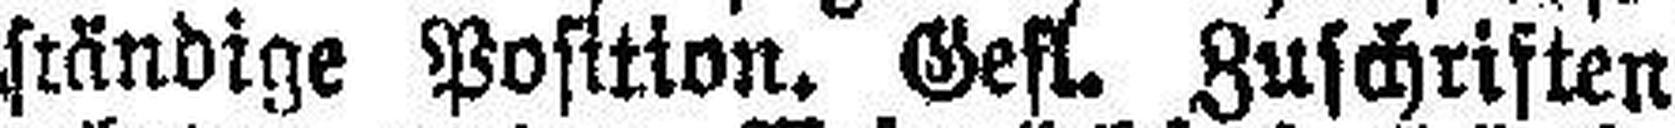
ständige Position. Gefl. Zuschriften